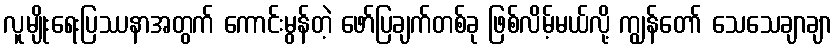
လူမျိုးရေးပြဿနာအတွက် ကောင်းမွန်တဲ့ ဖော်ပြချက်တစ်ခု ဖြစ်လိမ့်မယ်လို့ ကျွန်တော် သေသေချာချာ